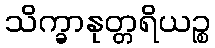
သိက္ခာနုတ္တရိယဉ္စ